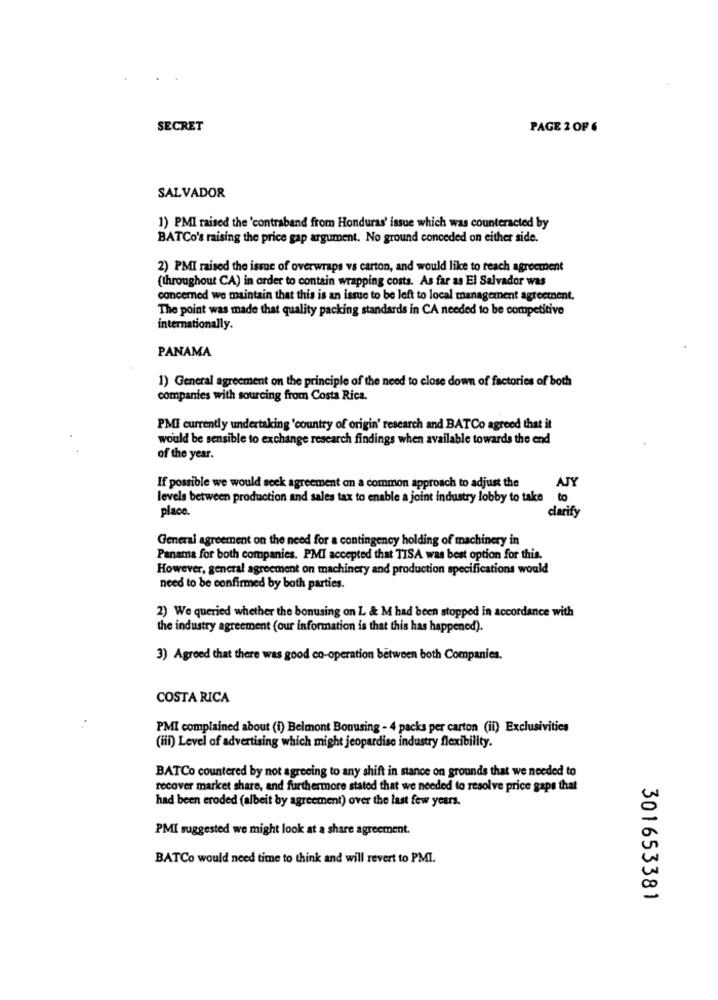
SECRET
PAGE 2 OF 6
SALVADOR
1) PMI raised the 'contraband from Honduras' issue which was counteracted by
BATCo's raising the price gap argument. No ground conceded on either side.
2) PMI raised the issue of overwraps vs carton, and would like to reach agreement
(throughout CA) in order to contain wrapping costs. As far as El Salvador was
concerned we maintain that this is an issue to be left to local management agreement.
The point was made that quality packing standards in CA needed to be competitive
internationally.
PANAMA
1) General agreement on the principle of the need to close down of factories of both
companies with sourcing from Costa Rica.
PMI currently undertaking 'country of origin' research and BATCo agreed that it
would be sensible to exchange research findings when available towards the end
of the year.
If possible we would seek agreement on a common approach to adjust the
AJY
levels between production and sales tax to enable a joint industry lobby to take to
place.
clarify
General agreement on the need for a contingency holding of machinery in
Panama for both companies. PMI accepted that TISA was best option for this.
However, general agreement on machinery and production specifications would
need to be confirmed by both parties.
2) We queried whether the bonusing on L & M had been stopped in accordance with
the industry agreement (our information is that this has happened).
3) Agreed that there was good co-operation between both Companies.
COSTA RICA
PMI complained about (i) Belmont Bonusing - 4 packs per carton (ii) Exclusivities
(iii) Level of advertising which might jeopardise industry flexibility.
BATCo countered by not agreeing to any shift in stance on grounds that we needed to
recover market share, and furthermore stated that we needed to resolve price gaps that
had been eroded (albeit by agreement) over the last few years.
PMI suggested we might look at a share agreement.
BATCo would need time to think and will revert to PMI.
301653381